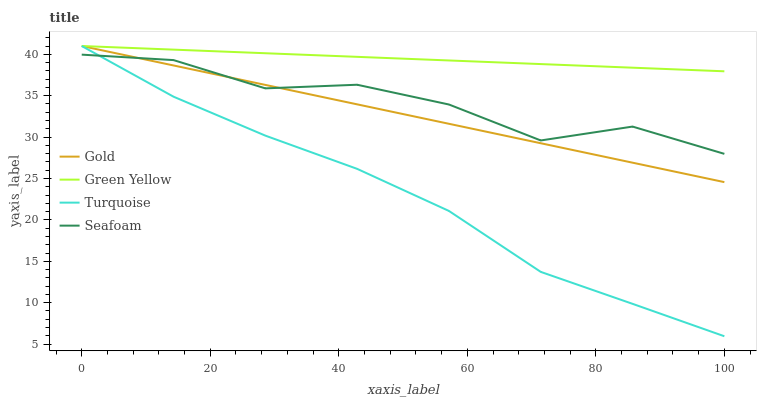
| xaxis_label | Gold | Green Yellow | Turquoise | Seafoam |
 | --- | --- | --- | --- | --- |
 | 0 | 41 | 41 | 41 | 40 |
 | 14.3 | 38.7 | 40.6 | 34.9 | 39.3 |
 | 28.6 | 36.3 | 40.1 | 30.2 | 35.9 |
 | 42.9 | 34 | 39.7 | 26.2 | 36.3 |
 | 57.1 | 31.6 | 39.3 | 21.1 | 33.9 |
 | 71.4 | 29.3 | 38.8 | 13.7 | 29.6 |
 | 85.7 | 26.9 | 38.4 | 9.86 | 31.3 |
 | 100 | 24.6 | 37.9 | 5.95 | 28 |